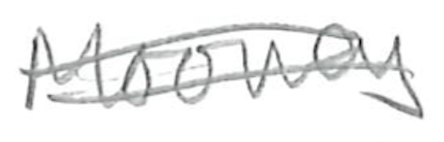
Text: Mooney
Cross-out: double-line
Writing tool: pencil